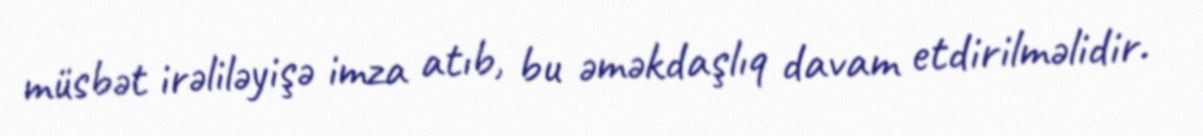
müsbət irəliləyişə imza atıb, bu əməkdaşlıq davam etdirilməlidir.